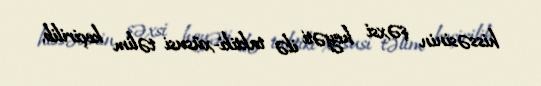
hissəsinin şəxsi heyəti ilə taktiki-xüsusi təlim keçirilib.